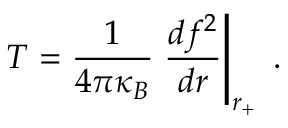
T = \frac { 1 } { 4 \pi \kappa _ { B } } \left. \frac { d f ^ { 2 } } { d r } \right| _ { r _ { + } } \; .